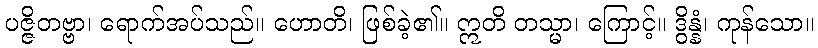
ပဇ္ဇိတဗ္ဗာ၊ ရောက်အပ်သည်။ ဟောတိ၊ ဖြစ်ခဲ့၏။ ဣတိ တသ္မာ၊ ကြောင့်။ ဒွိန္နံ၊ ကုန်သော။